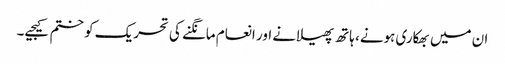
ان میں بھکاری ہونے، ہاتھ پھیلانے اور انعام مانگنے کی تحریک کو ختم کیجیے۔